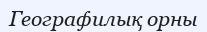
Географилық орны